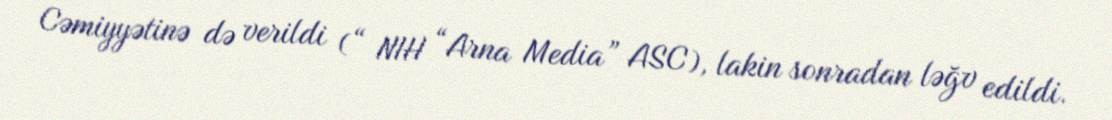
Cəmiyyətinə də verildi (“ NIH “Arna Media” ASC), lakin sonradan ləğv edildi.